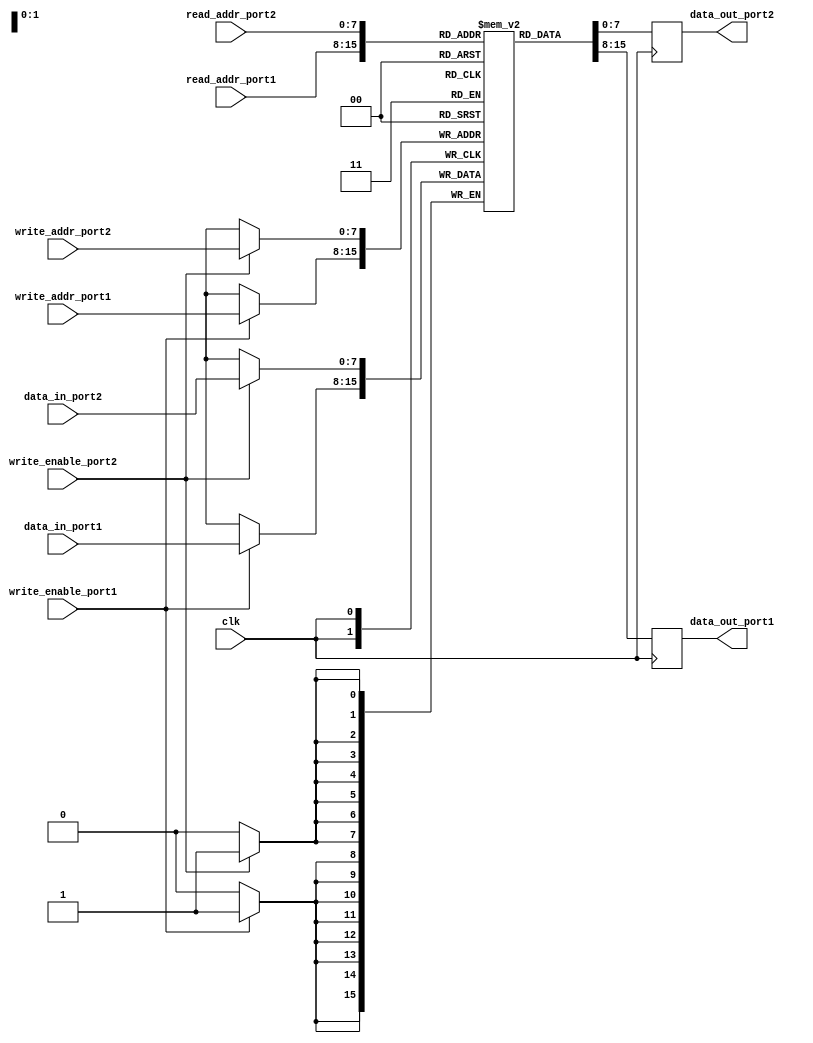
module dual_port_ram (
    input wire clk,
    input wire [7:0] read_addr_port1,
    input wire [7:0] write_addr_port1,
    input wire write_enable_port1,
    input wire [7:0] data_in_port1,
    output reg [7:0] data_out_port1,

    input wire [7:0] read_addr_port2,
    input wire [7:0] write_addr_port2,
    input wire write_enable_port2,
    input wire [7:0] data_in_port2,
    output reg [7:0] data_out_port2
);

reg [7:0] memory [0:255];

always @(posedge clk) begin
    if(write_enable_port1) begin
        memory[write_addr_port1] <= data_in_port1;
    end

    data_out_port1 <= memory[read_addr_port1];
end

always @(posedge clk) begin
    if(write_enable_port2) begin
        memory[write_addr_port2] <= data_in_port2;
    end

    data_out_port2 <= memory[read_addr_port2];
end

endmodule